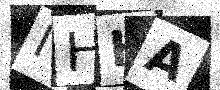
Text: IHHA